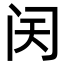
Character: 𬮜